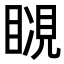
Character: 𧡆